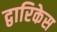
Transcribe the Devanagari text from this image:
द्वारिकेस